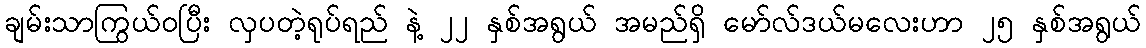
ချမ်းသာကြွယ်ဝပြီး လှပတဲ့ရုပ်ရည် နဲ့ ၂၂ နှစ်အရွယ် အမည်ရှိ မော်လ်ဒယ်မလေးဟာ ၂၅ နှစ်အရွယ်